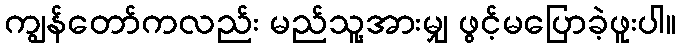
ကျွန်တော်ကလည်း မည်သူ့အားမျှ ဖွင့်မပြောခဲ့ဖူးပါ။